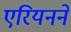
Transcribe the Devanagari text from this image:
एरियनने